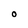
Character: O